system: You are a helpful assistant.
user:
Analyze the provided spectrum to determine if it is a **"Cataclysmic Variables (CV)"**.

- **Key Indicators for CV (Check for either state):**
    - **State 1: Quiescent / Low-State (Emission-Dominated)**
        - **(Primary):** Strong and *very broad* Hydrogen Balmer emission lines (e.g., $H\alpha$ at 6563 Å, $H\beta$ at 4861 Å). The 'broadness' (high velocity dispersion, often FWHM > 1000 km/s) is the key diagnostic, indicating a high-velocity accretion disk.
        - **(Secondary):** Broad neutral Helium (He I) emission lines (e.g., 5876 Å, 6678 Å).
        - **(Key Confirmation):** Presence of high-excitation *ionized* Helium (He II) emission at 4686 Å. This is a strong indicator of accretion onto a white dwarf.
        - **(Line Profile):** Emission lines may exhibit a 'double-peaked' profile, which is a classic signature of a rotating accretion disk viewed at high inclination.

    - **State 2: Outburst / High-State (Absorption-Dominated)**
        - **(Primary):** Spectrum is dominated by a bright, blue continuum (looks like a hot star).
        - **(Secondary):** The emission lines from State 1 are weak, absent, or 'filled in', and are replaced by broad, shallow *absorption* lines (primarily Balmer and He I).
        - **(Morphology):** The overall spectrum mimics a hot B/A-type star. The crucial difference is that the absorption lines are significantly broader, shallower, and more 'washed-out' (or 'smeared') than the sharp lines of a normal stellar photosphere, due to high rotational speeds and pressure broadening in the disk.

Think first, call **spectral_visualization_tool** if needed to examine features in detail, then provide your final answer. Your response must adhere to the following strict rules:
1.  **Overall Structure:** Your response must follow the format `<think>...</think> <tool_call>...</tool_call> (if a tool is used) <answer>...</answer>`.
2.  **Tool Usage Constraint:** You may only make **one** tool call per turn.
3.  **Final Answer Format:** In the `<answer>` tag, your conclusion must be inside a `\boxed{}` command (e.g., `\boxed{YES}`), followed by your justification.

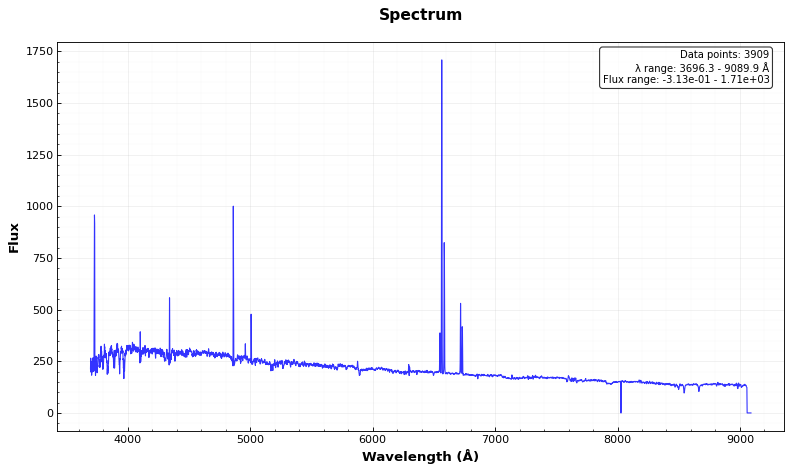
Answer: NO